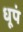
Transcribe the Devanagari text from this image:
धूपं